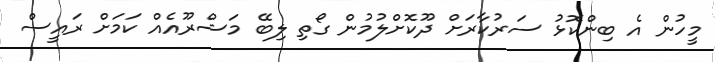
މީހުން އެ ބިންކޮޅު ސަރުކާރަށް ދޫކޮށްލުމުން ގޯތި ލިބޭ މަޝްރޫއެއް ކަމަށް ރައީސް